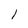
Character: l